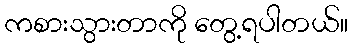
ကစားသွားတာကို တွေ့ရပါတယ်။